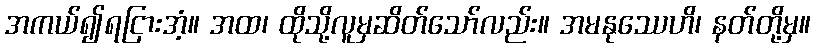
အကယ်၍ရငြားအံ့။ အထ၊ ထိုသို့လူမှဆိတ်သော်လည်း။ အမနုဿေဟိ၊ နတ်တို့မှ။